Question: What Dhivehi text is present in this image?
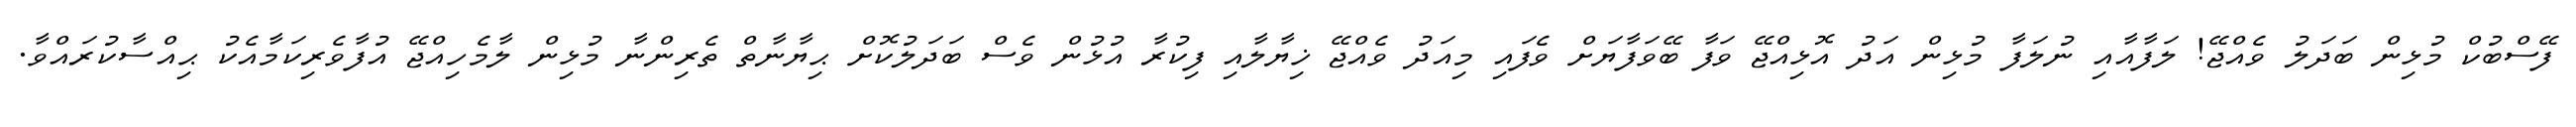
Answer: ފޭސްބުކް މުޅިން ބަދަލު ވެއްޖޭ! ލަފާއާއި ނުލަފާ މުޅިން އަދު އޮޅިއްޖޭ ވަފާ ބޭވަފާޔަށް ވެފައި މިއަދު ވެއްޖޭ ޚިޔާލާއި ފިކުރާ އުޅުން ވެސް ބަދަލުކޮށް ޙިޔާނާތް ތެރިންނާ މުޅިން ލާމެހިއްޖޭ އުފާވެރިކަމާއެކު ޙިއްސާކުރައްވާ.